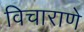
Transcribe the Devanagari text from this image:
विचाराणे